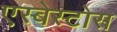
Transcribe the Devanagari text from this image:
एस्बेस्टोस